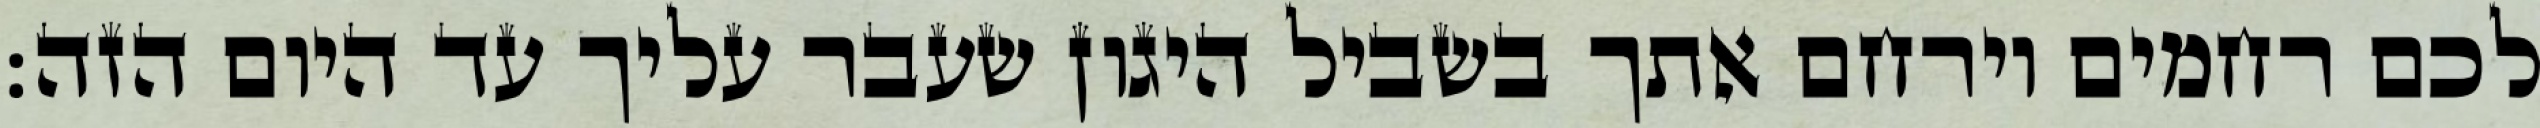
לכם רחמים וירחם אתך בשביל היגון שעבר עליך עד היום הזה: